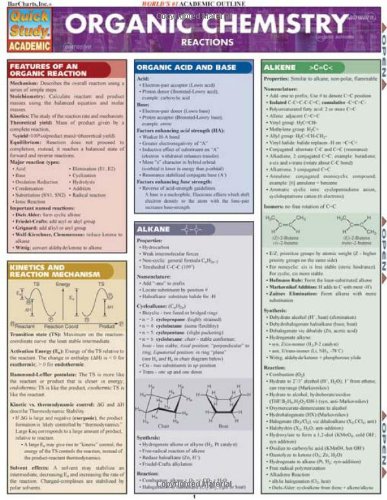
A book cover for Organic Chemistry Reactions (Quickstudy: Academic); Inc. BarCharts; Science & Math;